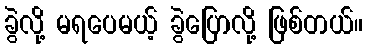
ခွဲလို့ မရပေမယ့် ခွဲပြောလို့ ဖြစ်တယ်။